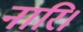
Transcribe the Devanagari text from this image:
नारि।